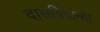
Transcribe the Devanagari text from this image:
दासविदान्या